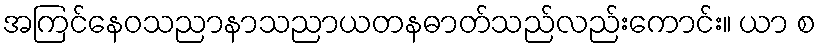
အကြင်နေဝသညာနာသညာယတနဓာတ်သည်လည်းကောင်း။ ယာ စ